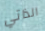
الذاتي